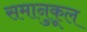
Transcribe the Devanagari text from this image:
समानुकूल